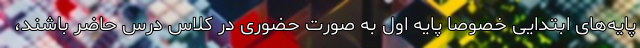
پایه‌های ابتدایی خصوصاً پایه اول به صورت حضوری در کلاس درس حاضر باشند،